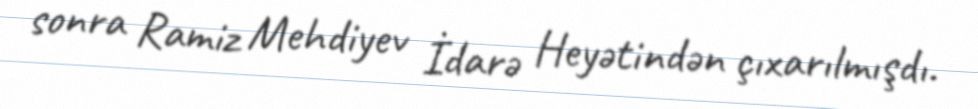
sonra Ramiz Mehdiyev İdarə Heyətindən çıxarılmışdı.